Civil Veterinary Dept. Bombay admin report 1900-1906 - 1900-1906
Year: 1900
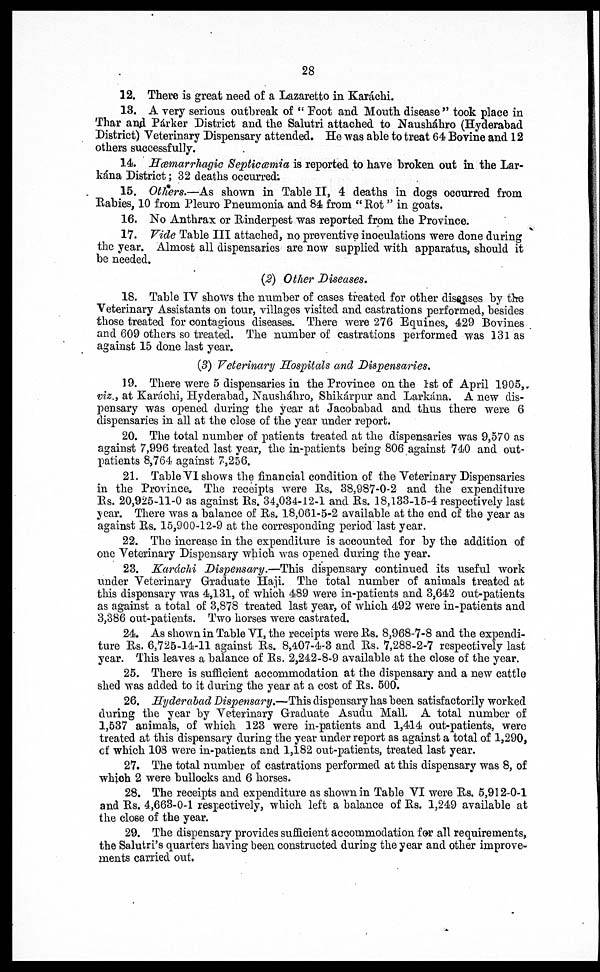
28
12. There is great need of a Lazaretto in Karachi.
13. A very serious outbreak of "Foot and Month disease" took place in
Thar and Párker District and the Salutri attached to Nausháhro (Hyderabad
District) Veterinary Dispensary attended. He was able to treat 64 Bovine and 12
others successfully.
14. Hæmarrhagic Septiæmia is reported to have broken out in the Lar-
kána District; 32 deaths occurred*.
15. Others.—As shown in Table II, 4 deaths in dogs occurred from
Rabies, 10 from Pleuro Pneumonia and 84 from "Rot" in goats.
16. No Anthrax or Rinderpest was reported from the Province.
17. Vide Table III attached, no preventive inoculations were done during
the year. Almost all dispensaries are now supplied with apparatus, should it
be needed.
(2) Other Diseases.
18. Table IV shows the number of cases treated for other diseases by the
Veterinary Assistants on tour, villages visited and castrations performed, besides
those treated for contagious diseases. There were 276 Equines, 429 Bovines
and 609 others so treated. The number of castrations performed was 131 as
against 15 done last year.
(3) Veterinary Hospitals and Dispensaries.
19. There were 5 dispensaries in the Province on the 1st of April 1905,
viz., at Karachi, Hyderabad, Nausháhro, Shikárpur and Larkána. A new dis-
pensary was opened during the year at Jacobabad and thus there were 6
dispensaries in all at the close of the year under report.
20. The total number of patients treated at the dispensaries was 9,570 as
against 7,996 treated last year, the in-patients being 806 against 740 and out-
patients 8,764 against 7,256.
21. Table VI shows the financial condition of the Veterinary Dispensaries
in the Province. The receipts were Rs. 38,987-0-2 and the expenditure
Rs. 20,925-11-0 as against Rs. 34,034-12-1 and Rs. 18,133-15-4 respectively last
year. There was a balance of Rs. 18,061-5-2 available at the end of the year as
against Rs. 15,900-12-9 at the corresponding period last year.
22. The increase in the expenditure is accounted for by the addition of
one Veterinary Dispensary which was opened during the year.
23. Karachi Dispensary.—This dispensary continued its useful work
under Veterinary Graduate Haji. The total number of animals treated at
this dispensary was 4,131, of which 489 were in-patients and 3,642 out-patients
as against a total of 3,878 treated last year, of which 492 were in-patients and
3,386 out-patients. Two horses were castrated.
24. As shown in Table VI, the receipts were Rs. 8,968-7-8 and the expendi-
ture Rs. 6,725-14-11 against Rs. 8,407-4-3 and Rs. 7,288-2-7 respectively last
year. This leaves a balance of Rs. 2,242-8-9 available at the close of the year.
25. There is sufficient accommodation at the dispensary and a new cattle
shed was added to it during the year at a cost of Rs. 500.
26. Hyderabad Dispensary.—This dispensary has been satisfactorily worked
during the year by Veterinary Graduate Asudu Mall. A total number of
1,537 animals, of which 123 were in-patients and 1,414 out-patients, were
treated at this dispensary during the year under report as against a total of 1,290,
of which 108 were in-patients and 1,182 out-patients, treated last year.
27. The total number of castrations performed at this dispensary was 8, of
which 2 were bullocks and 6 horses.
28. The receipts and expenditure as shown in Table VI were Rs. 5,912-0-1
and Rs. 4,663-0-1 respectively, which left a balance of Rs. 1,249 available at
the close of the year.
29. The dispensary provides sufficient accommodation for all requirements,
the Salutri's quarters having been constructed during the year and other improve-
ments carried out.